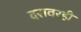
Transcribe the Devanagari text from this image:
दरावरही